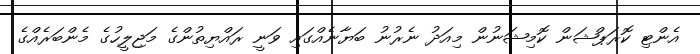
އެންޓި ކޮރަޕްޝަން ކޮމިޝަނުން މިއަދު ނެރުނު ބަޔާނެއްގައި ވަނީ ރައްޔިތުންގެ މަޖިލީހުގެ މެންބަރެއްގެ